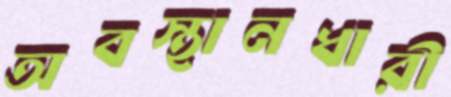
অবস্থানধারী